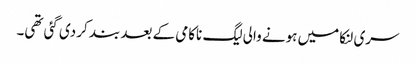
سری لنکا میں ہونے والی لیگ ناکامی کے بعد بند کر دی گئی تھی۔